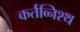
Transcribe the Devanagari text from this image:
कर्तव्निश्थ